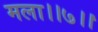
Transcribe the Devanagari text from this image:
मला।।७।।